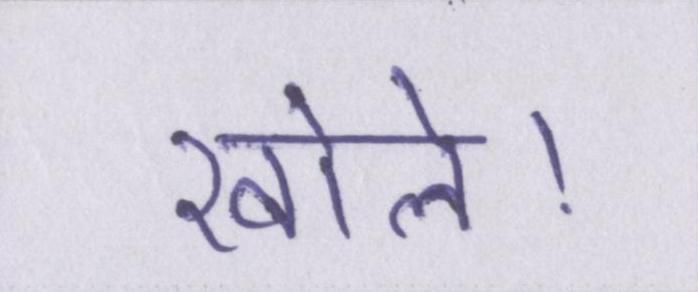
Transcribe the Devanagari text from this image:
खोले।